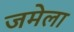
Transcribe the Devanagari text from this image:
जमेला